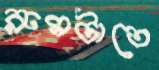
রুমটাতে